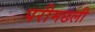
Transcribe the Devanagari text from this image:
परीमछली